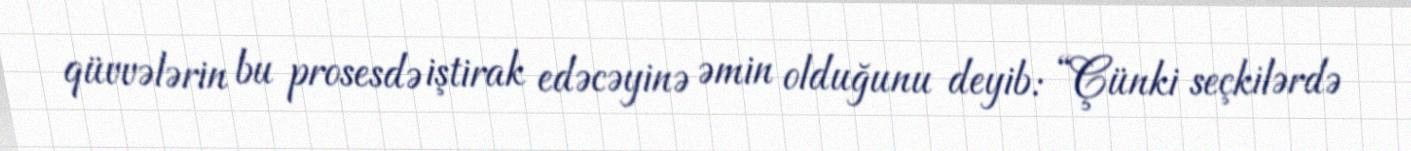
qüvvələrin bu prosesdə iştirak edəcəyinə əmin olduğunu deyib: “Çünki seçkilərdə